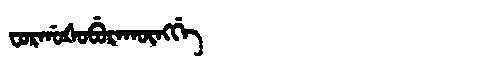
Manchu: ᠸᠣᡵᡤᠣᡧᠣᠪᡠᡵᠠᡴᡡᠩᡤᡝ
Romanization: FORGOŠOBURAKŪNGGE